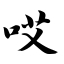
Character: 哎